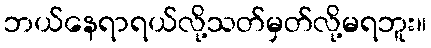
ဘယ်နေရာရယ်လို့သတ်မှတ်လို့မရဘူး။